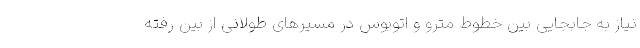
نیاز به جابجایی بین خطوط مترو و اتوبوس در مسیرهای طولانی از بین رفته